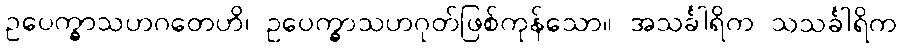
ဥပေက္ခာသဟဂတေဟိ၊ ဥပေက္ခာသဟဂုတ်ဖြစ်ကုန်သော။ အသင်္ခါရိက သသင်္ခါရိက